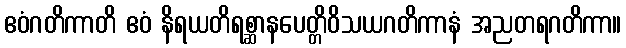
ဧဝံဂတိကာတိ ဧဝံ နိရယတိရစ္ဆာနပေတ္တိဝိသယဂတိကာနံ အညတရဂတိကာ။